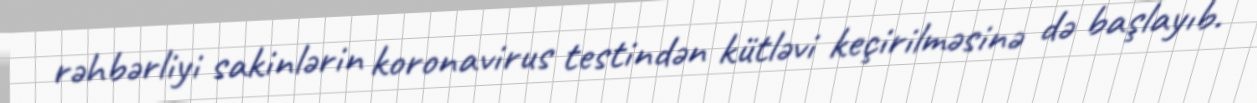
rəhbərliyi sakinlərin koronavirus testindən kütləvi keçirilməsinə də başlayıb.